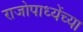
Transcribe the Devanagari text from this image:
राजोपाध्येंच्या